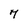
Character: 7